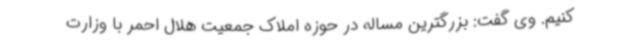
کنیم. وی گفت: بزرگترین مساله در حوزه املاک جمعیت هلال احمر با وزارت